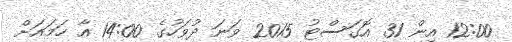
12:00 އިން 31 އޮގަސްޓު 2015 ވަނަ ދުވަހުގެ 14:00 އާ ހަމައަށް